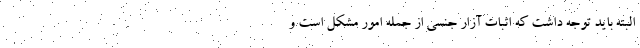
البته باید توجه داشت که اثبات آزار جنسی از‌ جمله امور مشکل است و